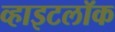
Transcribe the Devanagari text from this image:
व्हाइटलॉक